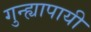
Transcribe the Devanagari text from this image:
गुन्ह्यापायी